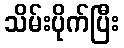
သိမ်းပိုက်ပြီး